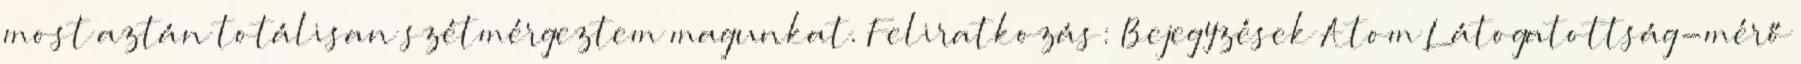
most aztán totálisan szétmérgeztem magunkat. Feliratkozás: Bejegyzések Atom Látogatottság-mérő